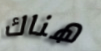
هناك